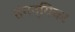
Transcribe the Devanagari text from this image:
तंगन्यिका